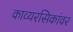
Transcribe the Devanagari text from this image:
काव्यरसिकांवर